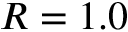
R = 1 . 0